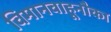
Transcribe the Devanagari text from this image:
विमानवाहूनौका